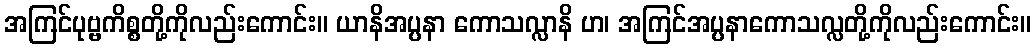
အကြင်ပုဗ္ဗကိစ္စတို့ကိုလည်းကောင်း။ ယာနိအပ္ပနာ ကောသလ္လာနိ ဟ၊ အကြင်အပ္ပနာကောသလ္လတို့ကိုလည်းကောင်း။